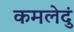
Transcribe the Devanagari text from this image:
कमलेदुं